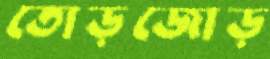
তোড়জোড়